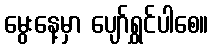
မွေးနေ့မှာ ပျော်ရွှင်ပါစေ။